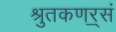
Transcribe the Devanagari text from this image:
श्रुतकणर्ॐसं